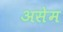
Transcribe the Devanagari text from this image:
असेम